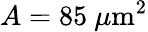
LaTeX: A=85\mathrm{~}\mu\mathrm{m}^{2}